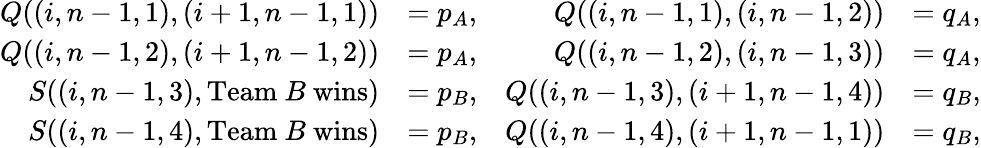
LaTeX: \begin{array}{rlrl}{Q((i,n-1,1),(i+1,n-1,1))}&{=p_{A},}&{Q((i,n-1,1),(i,n-1,2))}&{=q_{A},}\\ {Q((i,n-1,2),(i+1,n-1,2))}&{=p_{A},}&{Q((i,n-1,2),(i,n-1,3))}&{=q_{A},}\\ {S((i,n-1,3),\mathrm{Team~}B\mathrm{~wins})}&{=p_{B},}&{Q((i,n-1,3),(i+1,n-1,4))}&{=q_{B},}\\ {S((i,n-1,4),\mathrm{Team~}B\mathrm{~wins})}&{=p_{B},}&{Q((i,n-1,4),(i+1,n-1,1))}&{=q_{B},}\end{array}